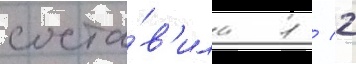
соста́в'ила 1 / 2